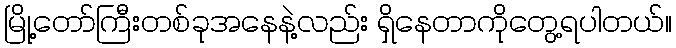
မြို့တော်ကြီးတစ်ခုအနေနဲ့လည်း ရှိနေတာကိုတွေ့ရပါတယ်။